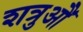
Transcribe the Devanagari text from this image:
शत्रुऔं